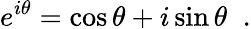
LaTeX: e^{i\theta}=\cos{\theta}+i\sin{\theta}\; \; .